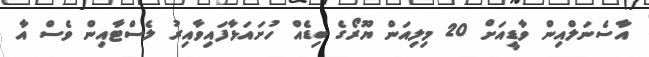
އާސެނަލްއިން ވާޑީއަށް 20 މިލިއަން ޔޫރޯގެ ބިޑެއް ހުށައަޅާފައިވާއިރު ލެސްޓާއިން ވެސް އާ